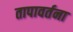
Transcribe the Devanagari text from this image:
तापावर्तना